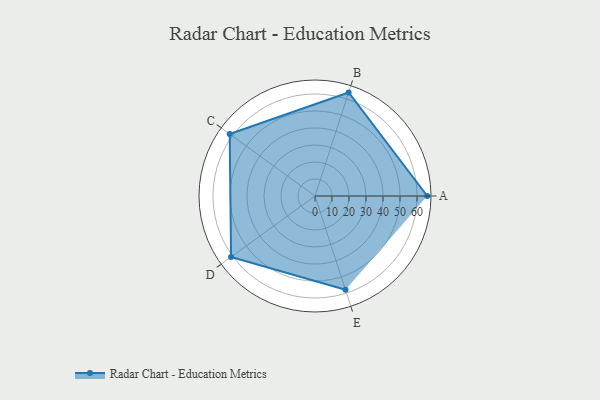
{"axis": {"x": "Skill", "y": "Score"}, "legend": ["Profile"], "data": [{"x": "A", "y": 66.0, "type": "Profile"}, {"x": "B", "y": 64.0, "type": "Profile"}, {"x": "C", "y": 62.0, "type": "Profile"}, {"x": "D", "y": 61.0, "type": "Profile"}, {"x": "E", "y": 58.0, "type": "Profile"}]}